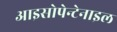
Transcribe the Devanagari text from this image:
आइसोपेन्टेनाइल